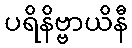
ပရိနိဗ္ဗာယိနီ